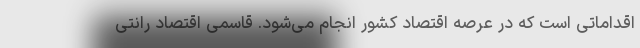
اقداماتی است که در عرصه اقتصاد کشور انجام می‌شود. قاسمی اقتصاد رانتی